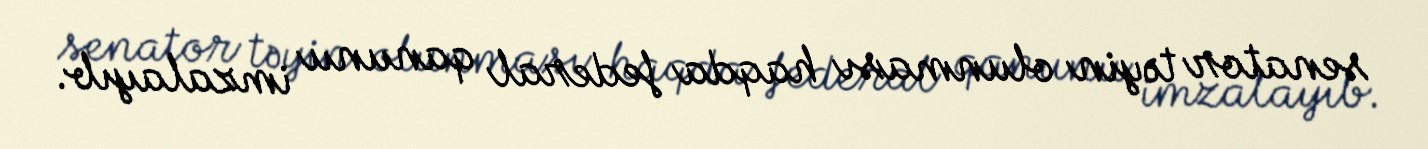
senator təyin olunması haqda federal qanunu imzalayıb.